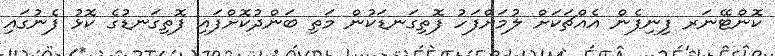
ކޮންޓޭނަރ ފިނިފެން އެއްޗަކަށް ލުމަށްފަހު ފޮތިގަނޑަކުން މަތި ބަންދުކޮށްފައި ފޮތިގަނޑުގެ ކޮޅު ފެނުގައި